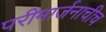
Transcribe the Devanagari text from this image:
परीमार्जनाचीच